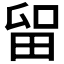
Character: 𱰴